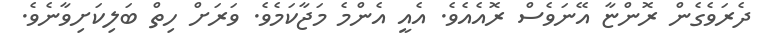
ދެރަވެގެން ރޮންޏާ އޭނަވެސް ރޮއެއެވެ. އެއީ އެންމެ މަޖާކަމެވެ. ވަރަށް ހިތް ބަލިކަށިވާނެވެ.